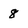
Character: 8